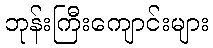
ဘုန်းကြီးကျောင်းများ